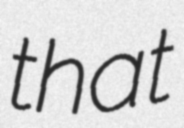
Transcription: that